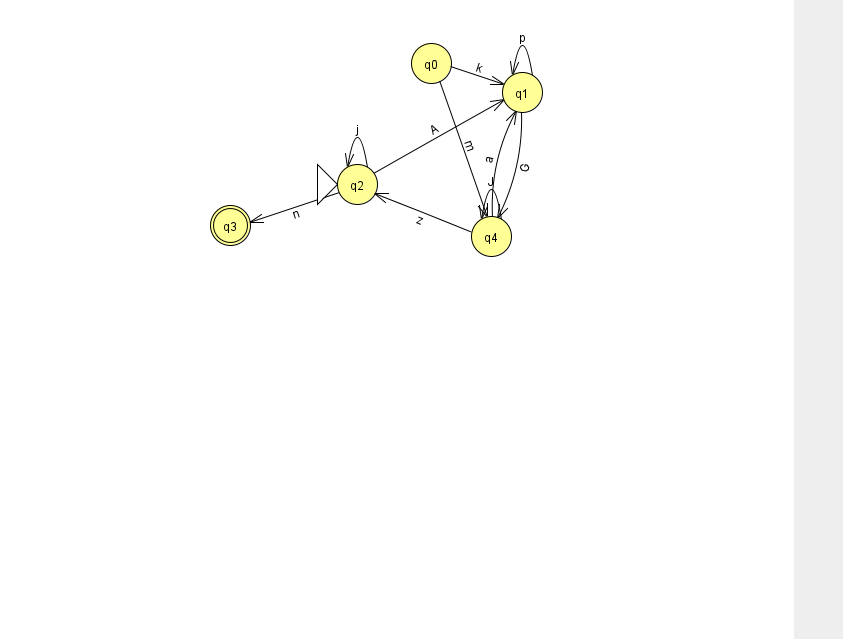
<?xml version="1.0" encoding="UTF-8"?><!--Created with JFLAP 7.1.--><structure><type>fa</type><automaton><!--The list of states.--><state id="0" name="q0"><x>431.0</x><y>50.0</y></state><state id="1" name="q1"><x>522.0</x><y>79.0</y></state><state id="2" name="q2"><x>357.0</x><y>171.0</y><initial/></state><state id="3" name="q3"><x>230.0</x><y>212.0</y><final/></state><state id="4" name="q4"><x>491.0</x><y>223.0</y></state><!--The list of transitions.--><transition><from>1</from><to>1</to><read>p</read></transition><transition><from>4</from><to>1</to><read>a</read></transition><transition><from>1</from><to>4</to><read>G</read></transition><transition><from>4</from><to>2</to><read>z</read></transition><transition><from>2</from><to>3</to><read>n</read></transition><transition><from>0</from><to>4</to><read>m</read></transition><transition><from>2</from><to>2</to><read>j</read></transition><transition><from>4</from><to>4</to><read>J</read></transition><transition><from>2</from><to>1</to><read>A</read></transition><transition><from>0</from><to>1</to><read>k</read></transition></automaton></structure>